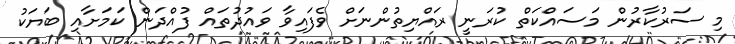
މި ސަރުކާރުން މަސައްކަތް ކުރަނީ ރައްޔިތުންނަށް ވެފައިވާ ވައުދުތައް ފުއްދަން ކަމަށާއި ބަޔަކު